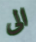
الى